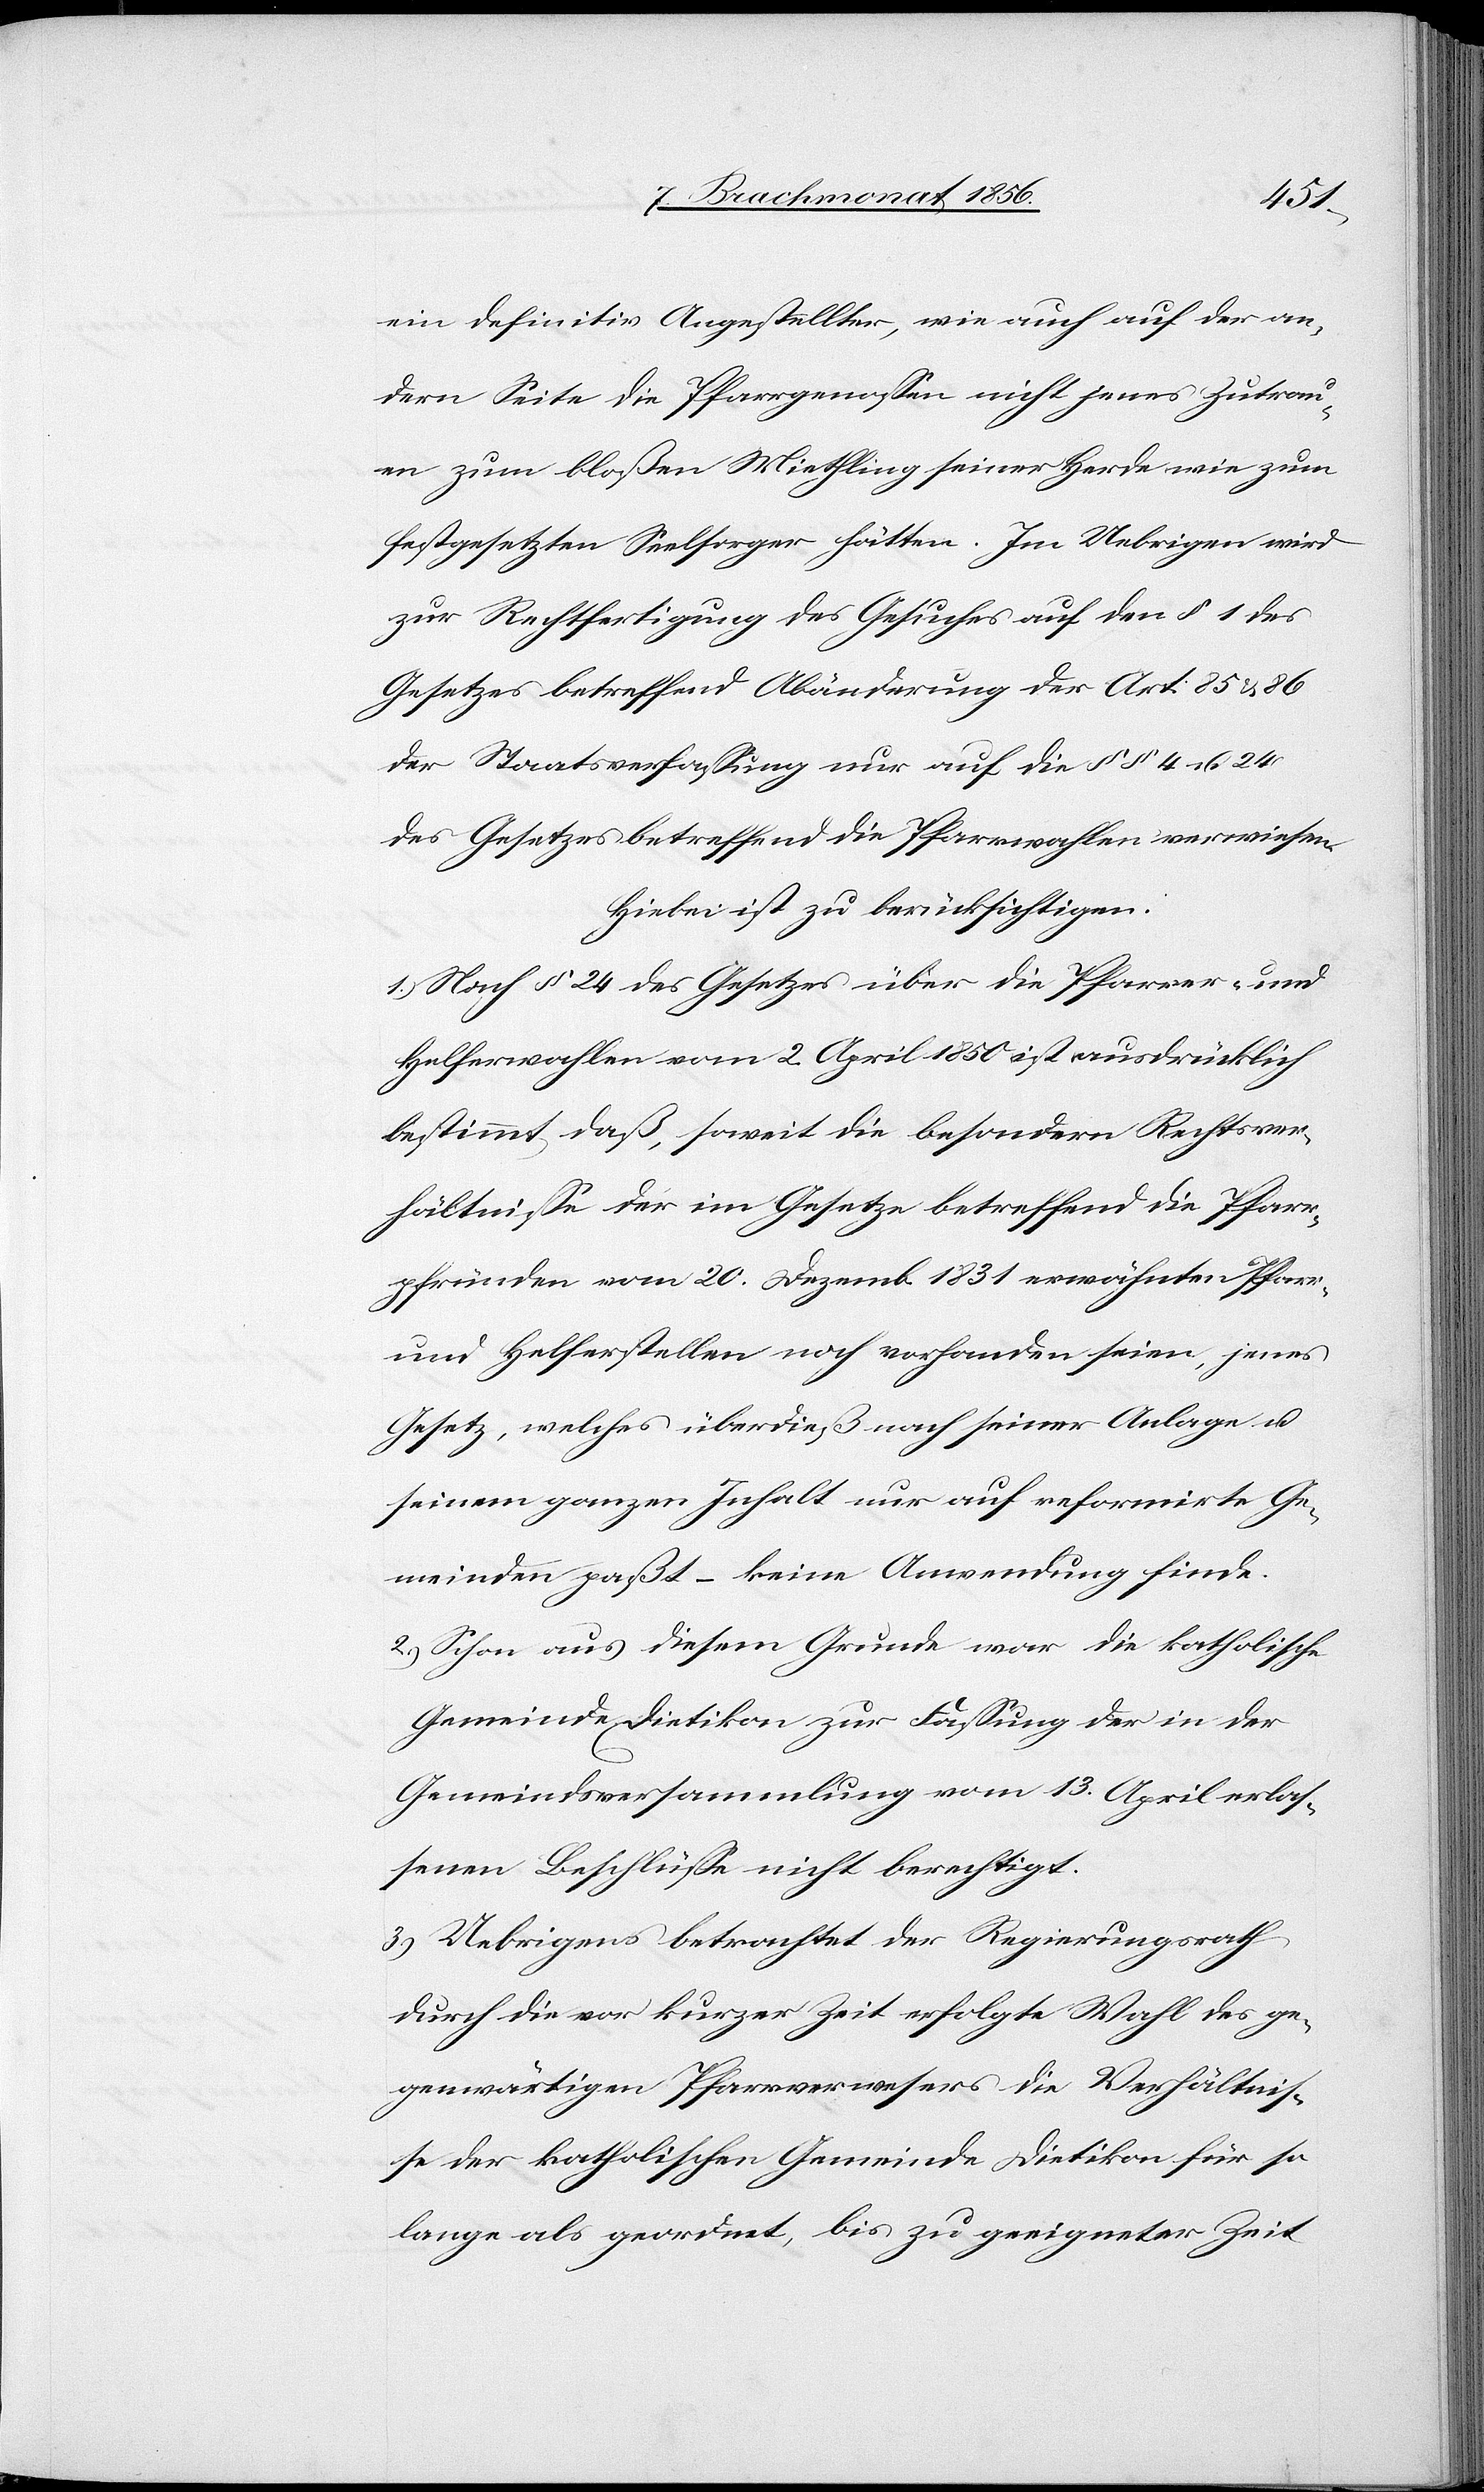
ein definitiv Angestellter, wie auch auf der an¬
dern Seite die Pfarrgenossen nicht jenes Zutrau¬
en zum bloßen Miethling seiner Herde wie zum
festgesetzten Seelsorger hätten. Im Uebrigen wird
zur Rechtfertigung des Gesuches auf den § 1 des
Gesetzes betreffend Abänderung der Art: 85 & 86
der Staatsverfassung nur auf die §§ 4 u. 24
des Gesetzes betreffend die Pfarrwahlen verwiesen.
Hiebei ist zu berücksichtigen:
1.) Nach § 24 des Gesetzes über die Pfarrer- und
Helferwahlen vom 2. April 1850 ist ausdrücklich
bestimmt, daß, soweit die besondern Rechtsver¬
hältnisse der im Gesetze betreffend die Pfarr¬
pfründen vom 20. Dezemb. 1831 erwähnten Pfarr-
und Helferstellen noch vorhanden seien, jenes
Gesetz, welches überdieß nach seiner Anlage u.
seinem ganzen Inhalt nur auf reformirte Ge¬
meinden paßt – keine Anwendung finde.
2.) Schon aus diesem Grunde war die katholische
Gemeinde Dietikon zur Fassung der in der
Gemeindsversammlung vom 13. April erlas¬
senen Beschlüsse nicht berechtigt.
3.) Uebrigens betrachtet der Regierungsrath
durch die vor kurzer Zeit erfolgte Wahl des ge¬
genwärtigen Pfarrverwesers die Verhältnis¬
se der katholischen Gemeinde Dietikon für so
lange als geordnet, bis zu geeigneter Zeit